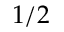
1 / 2